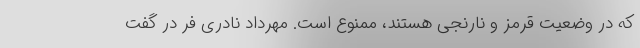
که در وضعیت قرمز و نارنجی هستند، ممنوع است. مهرداد نادری فر در گفت